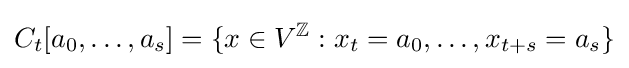
C_{t}[a_{0},\ldots ,a_{s}]=\{x\in V^{\mathbb {Z} }:x_{t}=a_{0},\ldots ,x_{t+s}=a_{s}\}